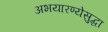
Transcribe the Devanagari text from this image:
अभयारण्येसुद्धा